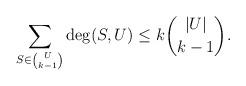
LaTeX: \begin{align*}\sum_{S\in \binom{U}{k-1}}\deg(S, U)\le k \binom{|U|}{k-1}.\end{align*}